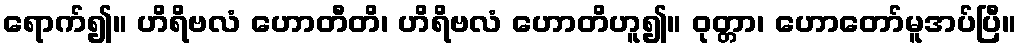
ရောက်၍။ ဟိရိဗလံ ဟောတီတိ၊ ဟိရိဗလံ ဟောတိဟူ၍။ ဝုတ္တာ၊ ဟောတော်မူအပ်ပြီ။